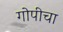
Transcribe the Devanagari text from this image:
गोपीचा